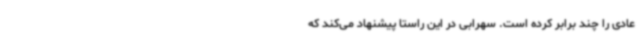
عادی را چند برابر کرده است. سهرابی در این راستا پیشنهاد می‌کند که